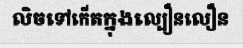
លិចទៅកើតក្នុងល្បឿនលឿន